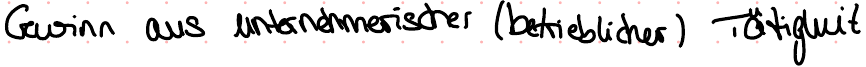
Gewinn aus unternehmerischer (betrieblicher) Tätigkeit